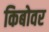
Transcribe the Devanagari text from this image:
किबोवर